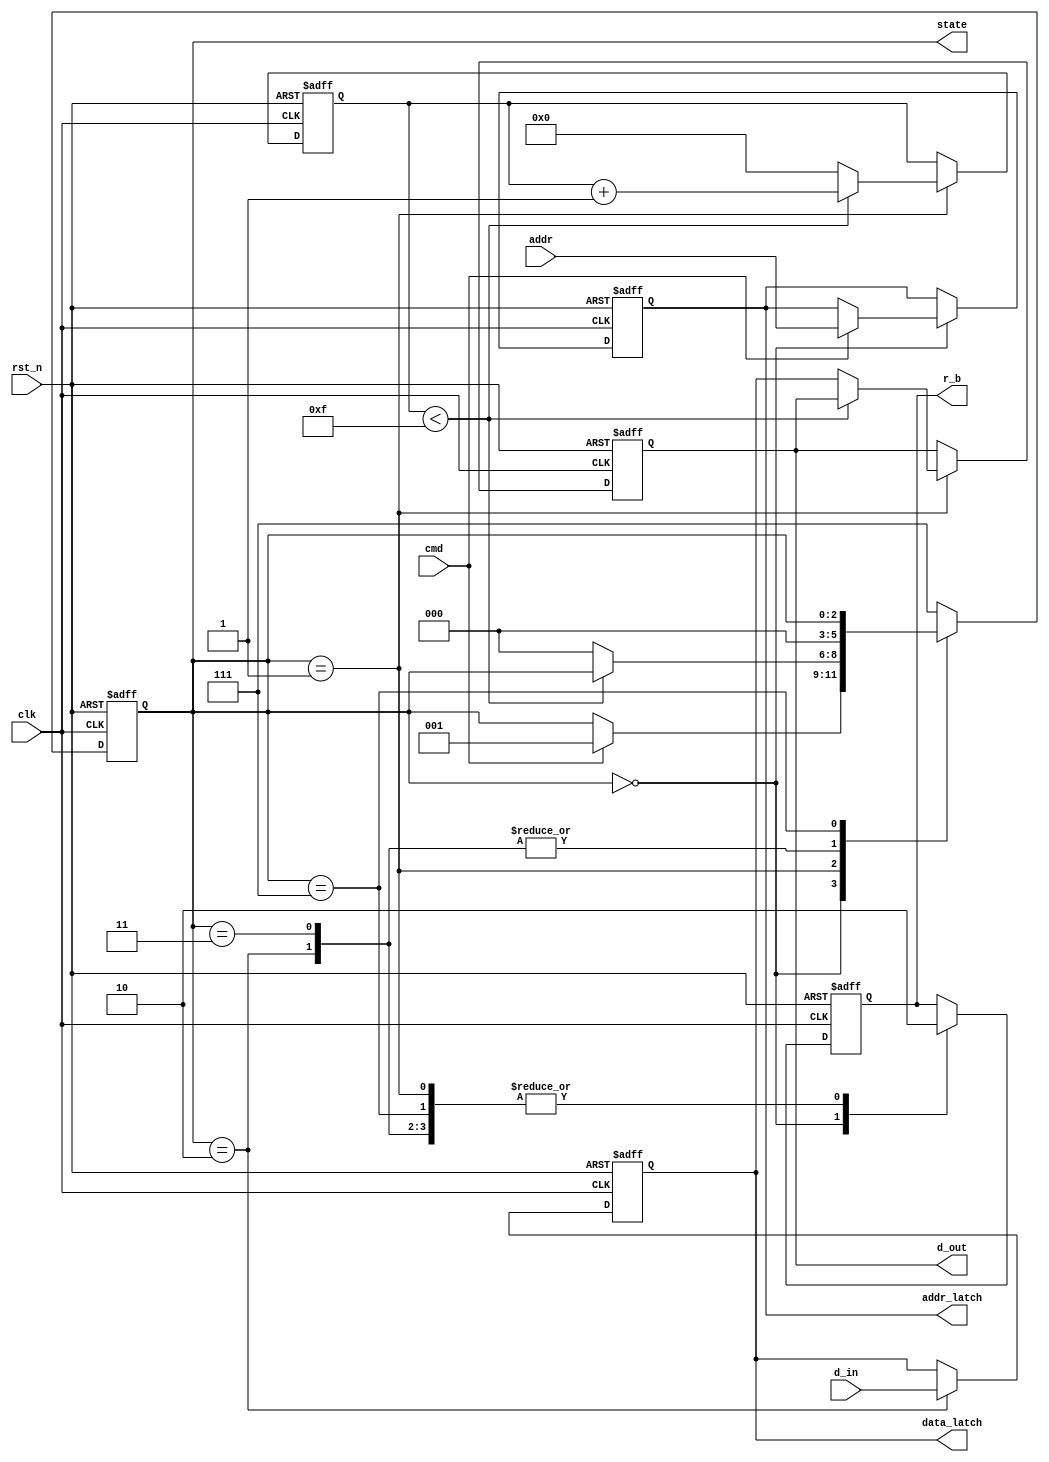
module nand_flash_io (
    input wire clk,                   // Main clock
    input wire rst_n,                 // Active low reset
    input wire [7:0] d_in,            // Data input (8 DQ lines)
    output reg [7:0] d_out,           // Data output (8 DQ lines)
    input wire cmd,                   // Command input
    input wire [15:0] addr,           // Address input (16-bit address)
    output reg r_b,                   // Ready/Busy signal
    output reg [7:0] data_latch,      // Data latch for output
    output reg [15:0] addr_latch,     // Address latch
    output reg [2:0] state            // State of the operation
);

    // State encoding
    localparam IDLE       = 3'b000;
    localparam READ       = 3'b001;
    localparam WRITE      = 3'b010;
    localparam ERASE      = 3'b011;
    localparam ERROR      = 3'b111;

    // Timing parameters
    reg [3:0] delay_counter;

    // Control Logic
    always @(posedge clk or negedge rst_n) begin
        if (!rst_n) begin
            state <= IDLE;
            r_b <= 1'b1; // Set ready
            d_out <= 8'b0;
            data_latch <= 8'b0;
            addr_latch <= 16'b0;
            delay_counter <= 4'b0;
        end else begin
            case (state)
                IDLE: begin
                    r_b <= 1'b1; // Ready
                    if (cmd) begin // Assume cmd indicates a valid command
                        addr_latch <= addr; // Latch address
                        state <= READ; // Move to READ state (for example)
                    end
                end

                READ: begin
                    r_b <= 1'b0; // Busy
                    // Simulate read delay
                    if (delay_counter < 4'b1111) begin
                        delay_counter <= delay_counter + 1;
                    end else begin
                        d_out <= data_latch; // Output data
                        state <= IDLE; // Go back to IDLE
                        delay_counter <= 4'b0; // Reset delay counter
                    end
                end

                WRITE: begin
                    r_b <= 1'b0; // Busy
                    // Simulate write operation
                    data_latch <= d_in; // Capture data to latch
                    state <= IDLE; // Go back to IDLE after write
                end

                ERASE: begin
                    r_b <= 1'b0; // Busy
                    // Simulate erase operation
                    state <= IDLE; // Go back to IDLE after erase
                end
                
                ERROR: begin
                    r_b <= 1'b0; // Busy
                    // Handle error state
                end
                
                default: state <= ERROR; // Default to ERROR state
            endcase
        end
    end

endmodule